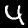
Label: 4